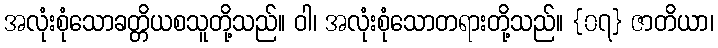
အလုံးစုံသောခတ္တိယစသူတို့သည်။ ဝါ၊ အလုံးစုံသောတရားတို့သည်။ {၀၇} ဇာတိယာ၊